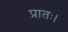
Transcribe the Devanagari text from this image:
प्रातः।